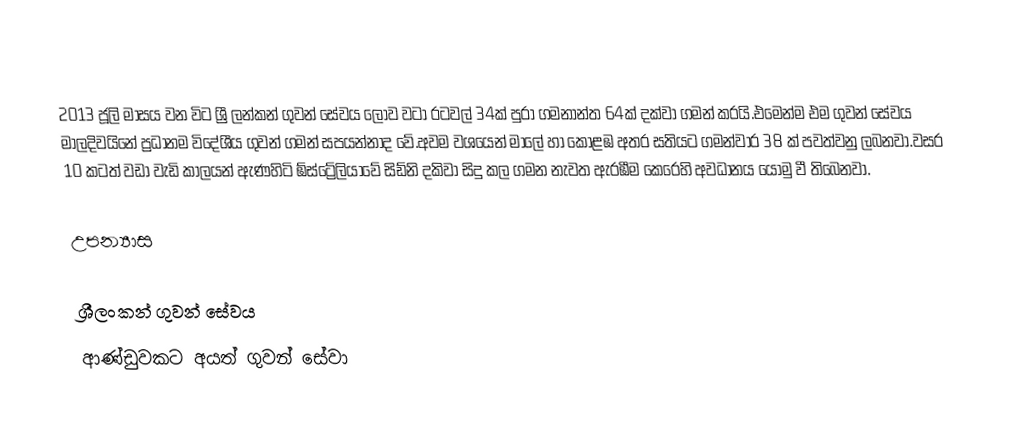
2013 ජූලි මාසය වන විට ශ්‍රී ලන්කන් ගුවන් සේවය  ලොව වටා රටවල් 34ක් පුරා ගමනාන්ත 64ක් දක්වා ගමන් කරයි.එමෙන්ම එම ගුවන් සේවය මාලදිවයිනේ ප්‍රධානම විදේශීය ගුවන් ගමන් සපයන්නාද වේ.අවම වශයෙන් මාලේ හා කොළඹ අතර සතියට ගමන්වාර 38 ක් පවත්වනු ලබනවා.වසර 10 කටත් වඩා වැඩි කාලයන් ඇණහිටි ඹ්ස්ට්‍රේලියාවේ සිඩ්නි දකිවා සිදු කල ගමන නැවත ඇරඹීම කෙරෙහි අවධානය යොමු වී තිබෙනවා.

උපන්‍යාස

ශ්‍රීලංකන් ගුවන් සේවය
ආණ්ඩුවකට අයත් ගුවන් සේවා